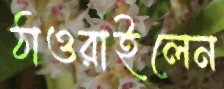
ঠাওরাইলেন